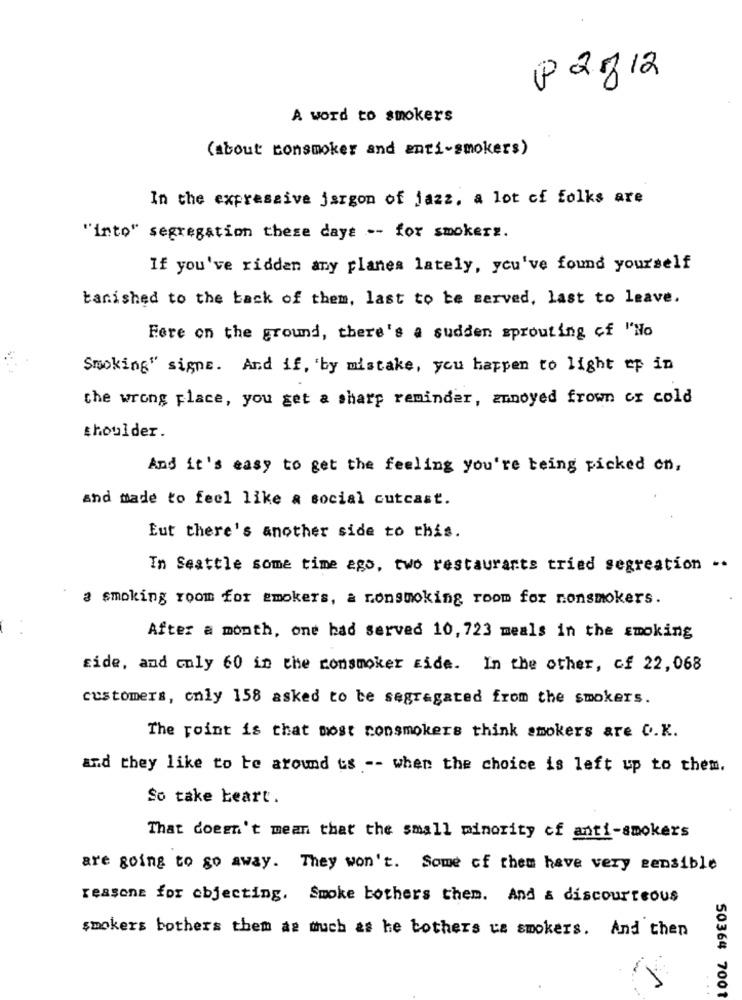
P2812
A word to smokers
(about consmoker and anti-smokers)
In the expressive jargon of jazz, a lot of folks are
"into" segregation these days -- for smokerz.
If you've ridden any planes lately, you've found yourself
banished to the back of them, last to be served, last to leave.
Fere on the ground, there's a sudden sprouting of "No
Smoking" signe. And if, 'by mistake, you happen to light up in
the wrong place, you get a sharp reminder, annoyed frown or cold
thoulder.
And it's easy to get the feeling you're being picked on,
and made to feel like a social cutcast.
Eut there's another side to this.
In Seattle some time ago, two restaurants tried segreation -.
a smoking room for smokers, a nonsmoking room for nonsmokers.
After a month, one bad served 10, 723 meals in the smoking
side, and only 60 in the consmoker Eide. In the other, of 22,068
customers, only 158 asked to be segregated from the smokers.
The point is that most consmokers think smokers are O.K.
and they like to be around us -- when the choice is left up to them.
So take beart.
That doesn't mean that the small minority of anti-smokers
are going to go away. They won't. Some of them have very sensible
reasons for objecting. Smoke bothers them. And & discourteous
smokers bothers them as much as he bothers us smokers. And then
50364 7001